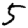
Digit: 5